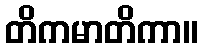
တိကမာတိကာ။